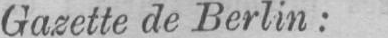
Gazette de Berlin: